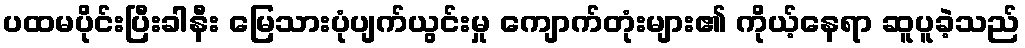
ပထမပိုင်းပြီးခါနီး မြေသားပုံပျက်ယွင်းမှု ကျောက်တုံးများ၏ ကိုယ့်နေရာ ဆူပူခဲ့သည်